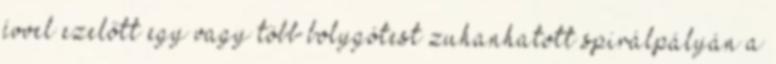
évvel ezelőtt egy vagy több bolygótest zuhanhatott spirálpályán a